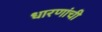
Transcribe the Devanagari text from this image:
धारणांची